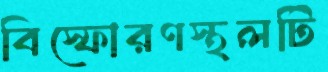
বিস্ফোরণস্থলটি